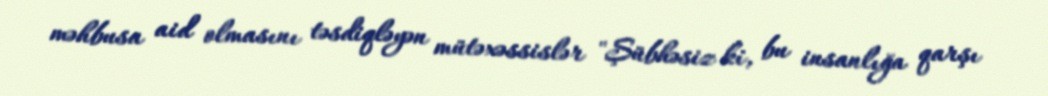
məhbusa aid olmasını təsdiqləyən mütəxəssislər "Şübhəsiz ki, bu insanlığa qarşı